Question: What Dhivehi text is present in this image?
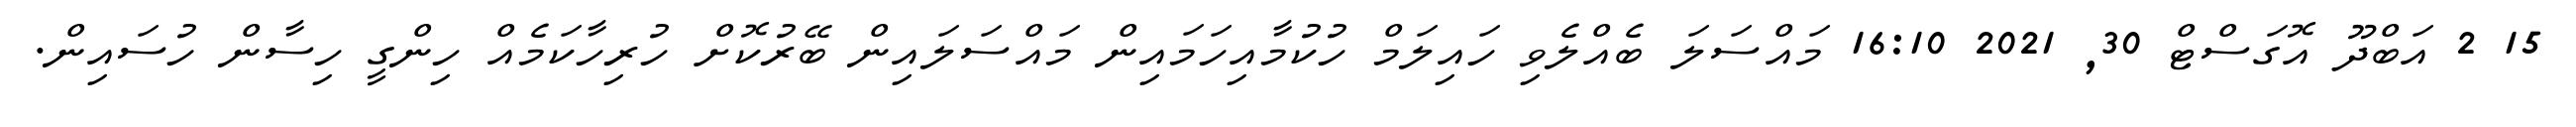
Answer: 15 2 އަބްދޫ އޮގަސްޓް 30, 2021 16:10 މައްސަލަ ބެއްލެވި ހައިލަމް ހުކުމާއިހަމައިން މައްސަލައިން ބޭރުކޮށް ހުރިހާކަމެއް ހިންގީ ހިސާން ހުސައިން.